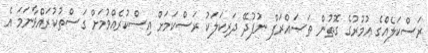
ރަސްކަލެއްގެ ޢުމުރުގެ ގޮތުން ތަޞައްރަފް ނުފުދޭ ދަރިކަލަކު ރަސްކަމަށް އިސްކުރެއްވުމަށް ގަސްތުކުރައްވާނަމަ އެ